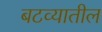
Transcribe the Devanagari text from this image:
बटव्यातील